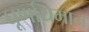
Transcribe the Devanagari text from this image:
घूर्णायमान